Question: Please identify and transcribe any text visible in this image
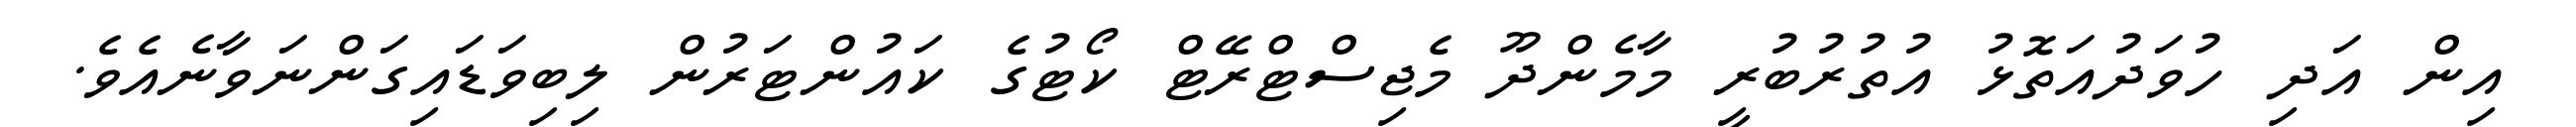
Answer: އިން އަދި ހުވަދުއަތޮޅު އުތުރުބުރީ މާމެންދޫ މެޖިސްޓްރޭޓް ކޯޓުގެ ކައުންޓަރުން ލިބިވަޑައިގަންނަވާނެއެވެ.